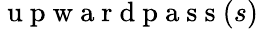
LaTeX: \mathrm{~u~p~w~a~r~d~p~a~s~s~}(s)